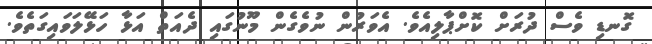
ގޮނޑި ވެސް ދުރަށް ކޮށްޕާލިއެވެ. އެވަރުން ނުވެގެން މޫނުގައި ދެއަތް އަޅާ ހަޅޭލަވައިގަތެވެ.